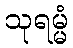
သုရမ္မံ